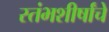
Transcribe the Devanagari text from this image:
स्तंभशीर्षांचे